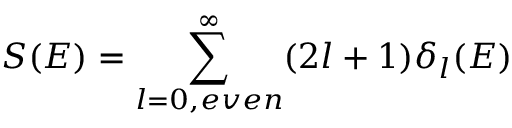
S ( E ) = \sum _ { l = 0 , e v e n } ^ { \infty } ( 2 l + 1 ) \delta _ { l } ( E )